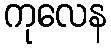
ကုလေန